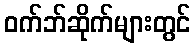
ဝက်ဘ်ဆိုက်များတွင်